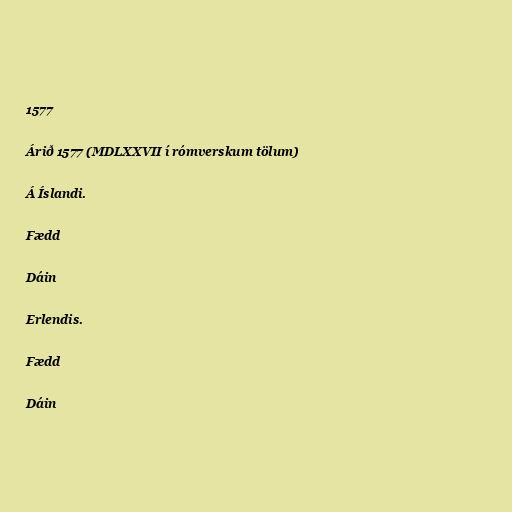
1577

Árið 1577 (MDLXXVII í rómverskum tölum)

Á Íslandi.

Fædd

Dáin

Erlendis.

Fædd

Dáin